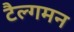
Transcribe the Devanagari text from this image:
टैल्गमन